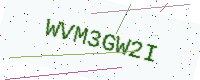
Text: WVM3GW2I